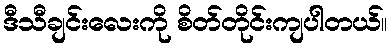
ဒီသီချင်းလေးကို စိတ်တိုင်းကျပါတယ်။